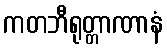
ကတဘီရုတ္တာဏာနံ